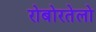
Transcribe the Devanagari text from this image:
रोबोरतेलो